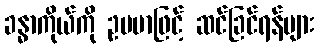
ခန္ဓာကိုယ်ကို ဥပမာဖြင့် ဆင်ခြင်ရန်များ